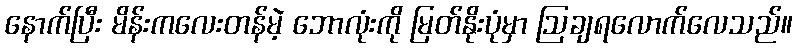
နောက်ပြီး မိန်းကလေးတန်မဲ့ ဘောလုံးကို မြတ်နိုးပုံမှာ ဩချရလောက်လေသည်။